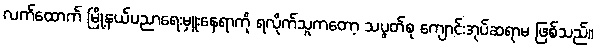
လက်ထောက် မြို့နယ်ပညာရေးမှူးနေရာကို ရလိုက်သူကတော့ သပွတ်စု ကျောင်းအုပ်ဆရာမ ဖြစ်သည်။